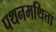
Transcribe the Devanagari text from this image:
पथनमथित्ता